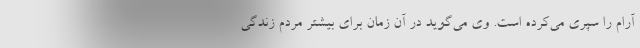
آرام را سپری می‌کرده است. وی می‌گوید در آن زمان برای بیشتر مردم زندگی